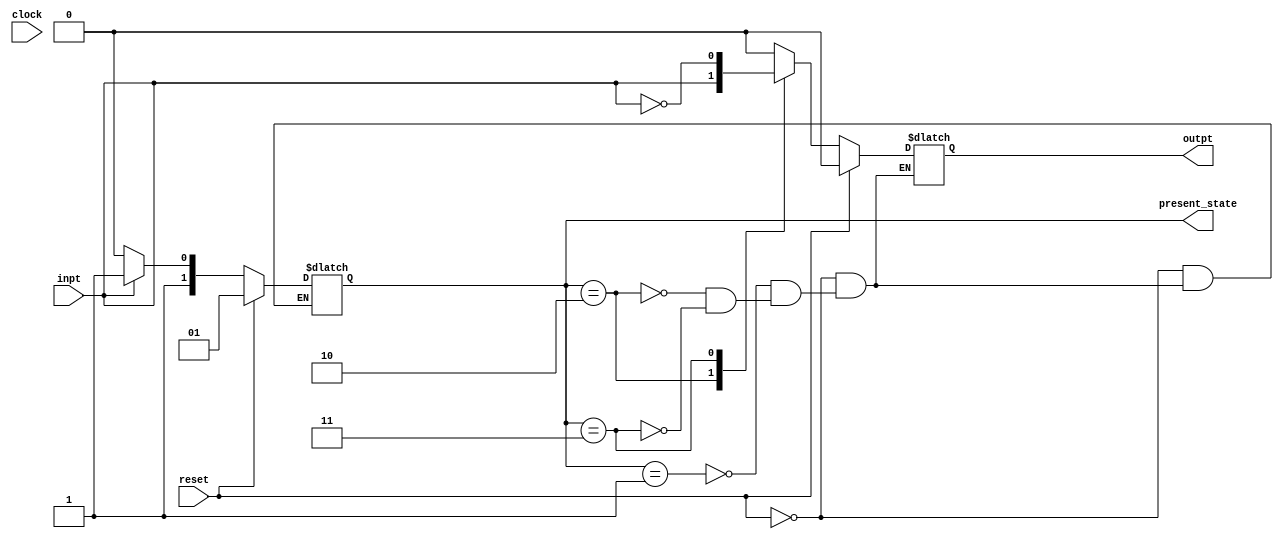
module FSM( 
input clock, reset, inpt,
output reg outpt,
output reg[1:0] present_state);
parameter A=2'b01, B=2'b10, C=2'b11;
   
always @(clock,reset) 
begin
	if (reset) 
    begin
        present_state <= A;
        outpt <= 0;
    end
    else
    begin
        case (present_state)

        A :begin
            present_state=inpt?C:B;
            outpt <= 0;
        end

        B : begin
            present_state = inpt ? C : B;
            outpt <= inpt;
        end
        C : begin
            present_state = inpt ? C : B;
            outpt <= ~inpt;
        end
        endcase
    end
end
endmodule

`timescale 1ns/1ps
module FSM_tb();

    reg clock, reset, inpt;
    wire outpt; wire [1:0] present_state;
    FSM uut(clock, reset, inpt, outpt, present_state);

    initial 
    begin
        $dumpfile("FSM_tb.vcd");
        $dumpvars(0,FSM_tb);
        clock = 1;
	reset=1;
        inpt = 0;       #4;//at state B
        reset = 1;      #4;//at state A
        reset = 0;      #4;
        inpt = 0;       #4;// at state B
        inpt = 1;       #4;//at state C
        inpt = 1;       #4;//at state C
        inpt = 0;       #4;//at state B

        reset = 1;      #4;//at state A
        inpt = 1;       #4;//at state C
        reset = 0;      #4;
        inpt = 0;       #4;//at state B
        inpt = 0;       #4;//at state B
        inpt = 1;       #4;//at state C
    
    $finish;
    end

    always 
    begin
    #4 clock = ~clock;
    end
endmodule